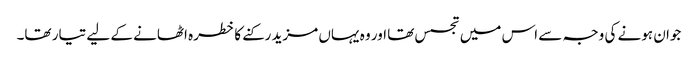
جوان ہونے کی وجہ سے اس میں تجسس تھا اور وہ یہاں مزید رکنے کا خطرہ اٹھانے کے لیے تیار تھا۔